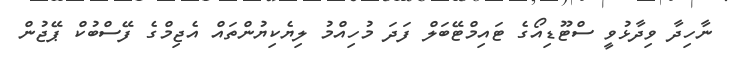
ނާހިދާ ވިދާޅުވީ ސްޓޫޑިއޯގެ ޓައިމްޓޭބަލް ފަދަ މުހިއްމު ލިޔެކިޔުންތަައް އެޖިމްގެ ފޭސްބުކް ޕޭޖުން